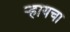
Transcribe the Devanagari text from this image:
र्‍हायचा